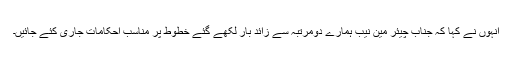
انہوں نے کہا کہ جناب چیئر مین نیب ہمارے دومرتبہ سے زائد بار لکھے گئے خطوط پر مناسب احکامات جاری کئے جائیں۔